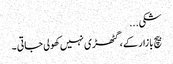
شکی...
بیچ بازار کے ، گٹھڑی نہیں کھولی جاتی ۔